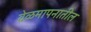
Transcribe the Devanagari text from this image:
वेळमापनातील